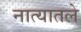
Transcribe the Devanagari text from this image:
नात्यातले